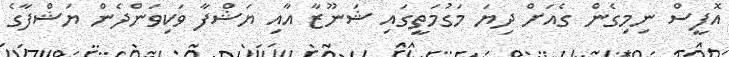
އޮފީސް ނިމިގެން ގެއަށް ދިޔަ މަގުމަތީގައި ޝަނޫޒާ އާއި ޔަޝްފާ ވަކިވަންދެން ޔަޝްފާގެ